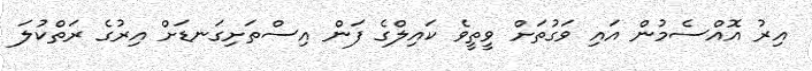
އިރު އޮއްސެމުން އައި ވަގުތަށް ވީތީވެ ކައިލްގެ ފަން އިސްތަށިގަނޑަށް އިރުގެ ރަތްކުލަ